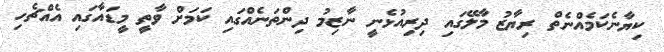
ކިޔާނެކަމެއްނެތް ރިޔާޒު މާލޭގައި ދިރިއުޅެނީ ނާޒިމު ދިންތަނެއްގައި ކަމަށް ވާތީ މީޑައާގައި އެއްޗެހި